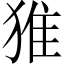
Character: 猚